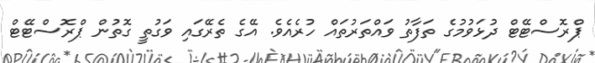
ޕްރޮސްޓޭޓް ދުޅަވުމުގެ ތަފާތު ވައްތަރުތައް ހުރެއެވެ. އޭގެ ތެރޭގައި ވަގުތީ ގޮތުން ޕްރޮސްޓޭޓް